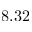
8 . 3 2